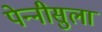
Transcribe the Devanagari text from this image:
पेन्‍नीसुला